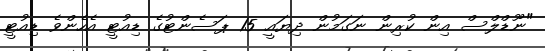
"ނޫޑްލްސް އިން ކުރިން ނަގަމުން ދިޔައީ 15 ޕަސެންޓުގެ ޑިއުޓީ އެހެންވެ ޑިއުޓީ